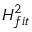
H _ { f i t } ^ { 2 }